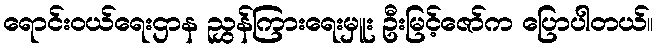
ရောင်းဝယ်ရေးဌာန ညွှန်ကြားရေးမှူး ဦးမြင့်ဇော်က ပြောပါတယ်။